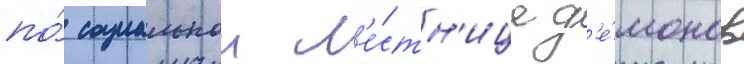
по́ социальнои л'е́стн'ице д'е́монов